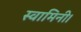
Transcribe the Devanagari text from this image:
स्वामिनी।